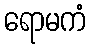
ရောမကံ